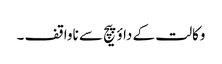
وکالت کے داؤ پیچ سے ناواقف ۔